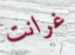
غرانت